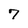
Character: 7